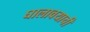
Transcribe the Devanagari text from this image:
घालावयाची